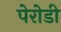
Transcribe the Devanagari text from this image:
पेरोडी